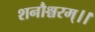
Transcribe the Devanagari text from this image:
शनौश्चरम्।।